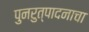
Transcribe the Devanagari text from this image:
पुनरुत्पादनाचा